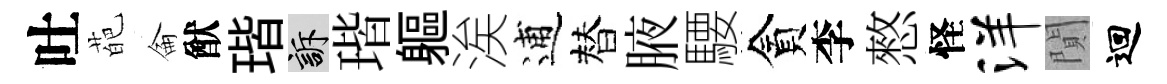
吐葩侖猷瑎訴瑎軀涘逋替腋騕貪李憗怪洋閴迴